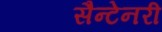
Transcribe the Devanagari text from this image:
सैन्टेनरी